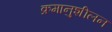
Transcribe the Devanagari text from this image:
क्रमानुशीलन